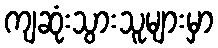
ကျဆုံးသွားသူများမှာ